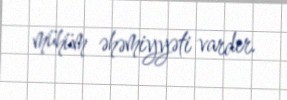
mühüm əhəmiyyəti vardır.